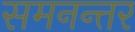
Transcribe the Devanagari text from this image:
समनन्तर